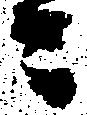
ニ